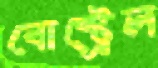
বোস্ট্রেল